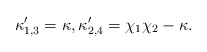
\begin{align*}\kappa'_{1,3}=\kappa, \kappa'_{2,4} =\chi_1\chi_2-\kappa.\end{align*}